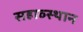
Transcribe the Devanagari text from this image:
सहाव्स्थान